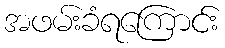
အဖမ်းခံရကြောင်း